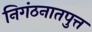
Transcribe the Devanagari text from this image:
निगंठनातपुत्त